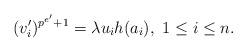
LaTeX: \begin{align*} (v_i')^{p^{e'}+1}=\lambda u_ih(a_i),\ 1\leq i\leq n. \end{align*}